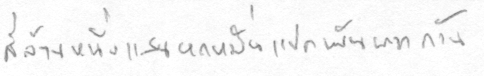
สี่ล้านหนึ่งแสนหกหมื่นแปดพันบาทถ้วน